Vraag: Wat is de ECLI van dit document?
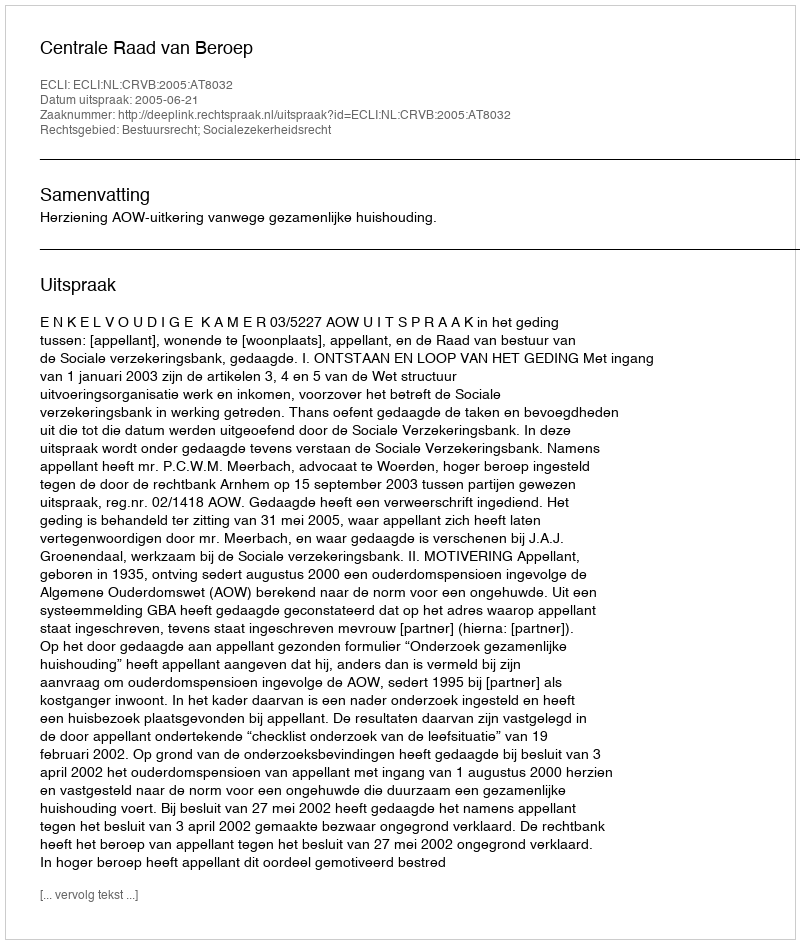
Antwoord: ECLI:NL:CRVB:2005:AT8032